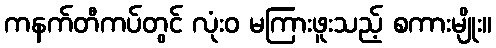
ကနက်တီကပ်တွင် လုံးဝ မကြားဖူးသည့် စကားမျိုး။